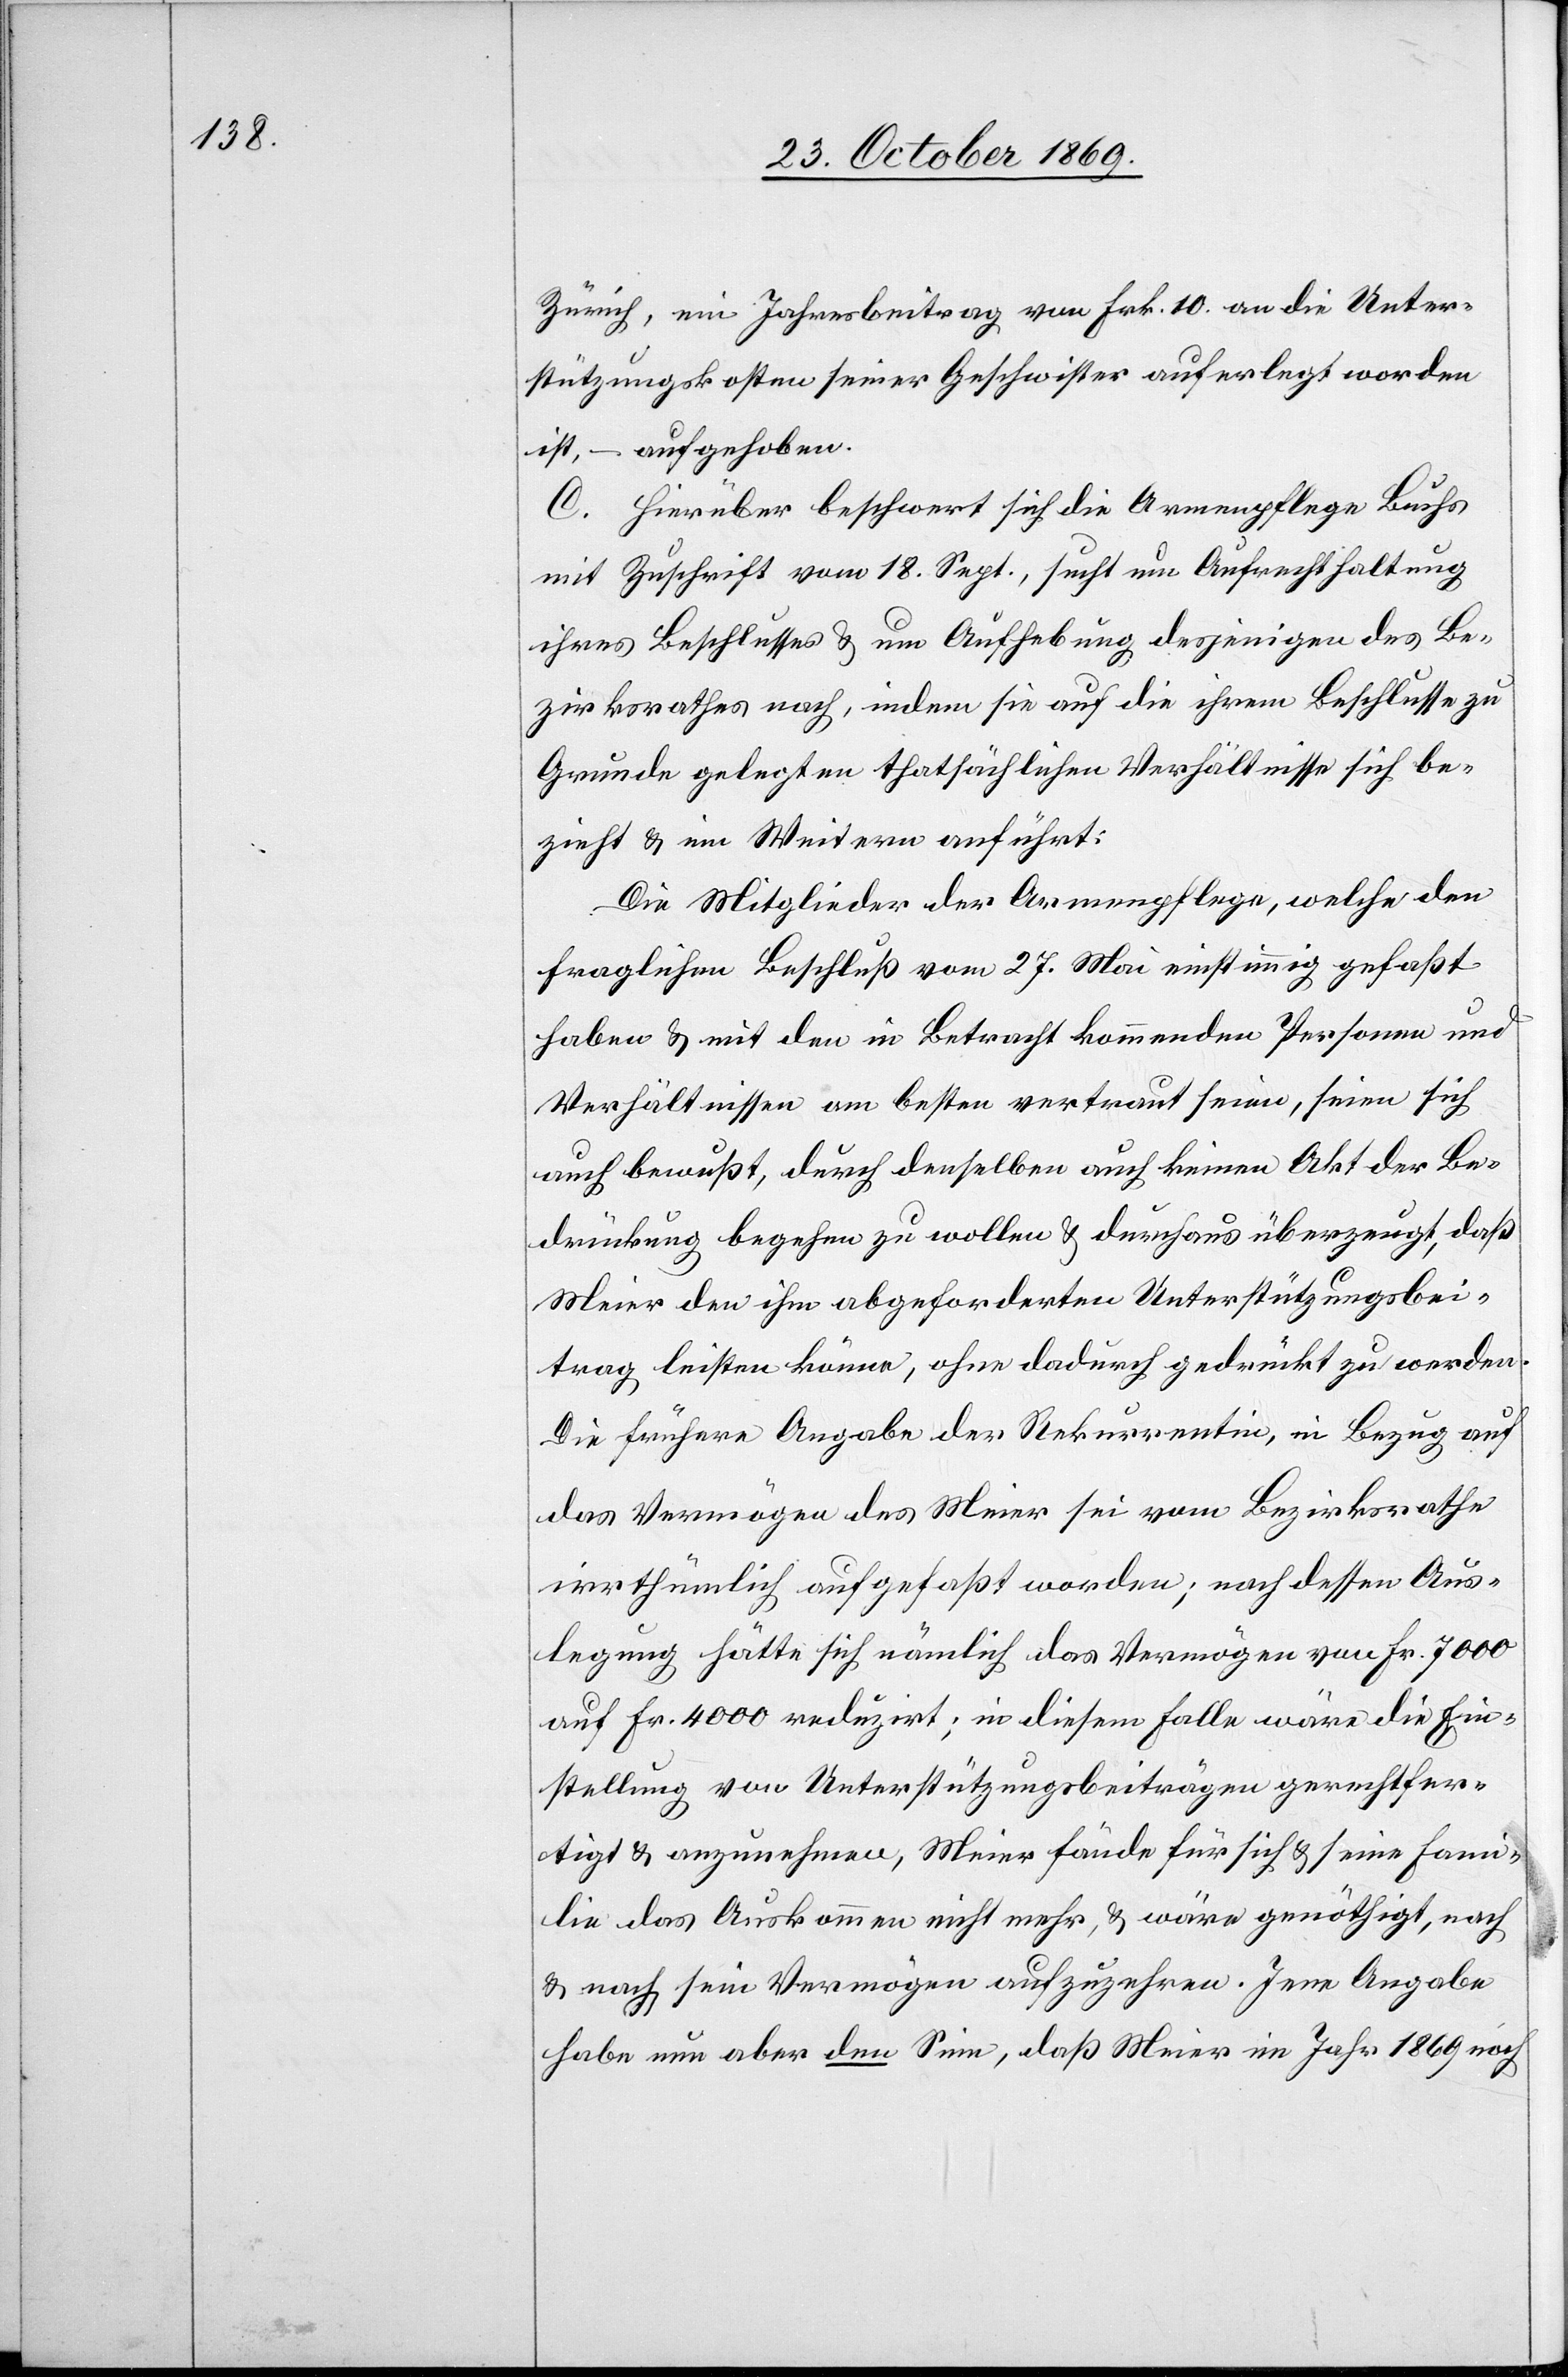
Zürich, ein Jahresbeitrag von Frk. 10. an die Unter¬
stützungskosten seiner Geschwister auferlegt worden
ist, – aufgehoben.
C. Hierüber beschwert sich die Armenpflege Buchs
mit Zuschrift vom 18. Sept., sucht um Aufrechthaltung
ihres Beschlusses & um Aufhebung desjenigen des Be¬
zirksrathes nach, indem sie auf die ihrem Beschlusse zu
Grunde gelegten thatsächlichen Verhältnisse sich be¬
zieht & im Weitern anführt:
Die Mitglieder der Armenpflege, welche den
fraglichen Beschluß vom 27. Mai einstimmig gefaßt
haben & mit den in Betracht kommenden Personen und
Verhältnissen am besten vertraut seien, seien sich
auch bewußt, durch denselben auch keinen Akt der Be¬
drückung begehen zu wollen & durchaus überzeugt, daß
Meier den ihm abgeforderten Unterstützungsbei¬
trag leisten könne, ohne dadurch gedrückt zu werden.
Die frühere Angabe der Rekurrentin, in Bezug auf
das Vermögen des Meier sei vom Bezirksrathe
irrthümlich aufgefaßt worden; nach dessen Aus¬
legung hätte sich nämlich das Vermögen von Fr. 7000
auf Fr. 4000 reduzirt; in diesem Falle wäre die Ein¬
stellung von Unterstützungsbeiträgen gerechtfer¬
tigt & anzunehmen, Meier fände für sich & seine Fami¬
lie das Auskommen nicht mehr, & wäre genöthigt, nach
& nach sein Vermögen aufzuzehren. Jene Angabe
habe nun aber den Sinn, daß Meier im Jahr 1869 noch